Indian journal of veterinary science and animal husbandry - Volume 14,
Year: 1944
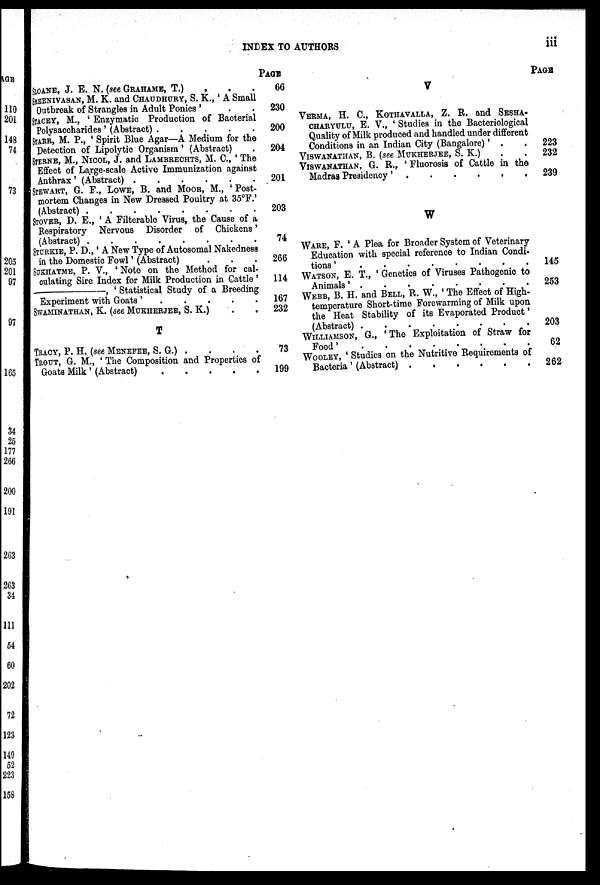
INDEX TO AUTHORS
iii
SLOANE, J. E. N. (see GRAHAME, T.) . . .
SREENIVASAN,
M. K. and CHAUDHURY, S. K., 'A Small
Outbreak of Strangles in Adult Ponies'
STACEY, M., 'Enzymatic Production of Bacterial
Polysaccharides' (Abstract) .
.
.
.
.
STARR, M. P., 'Spirit Blue Agar—A Medium for the
Detection of Lipolytic Organism' (Abstract) .
STERNE, M., NICOL, J. and LAMBRECHTS, M. C., 'The
Effect of Large-scale Active Immunization against
Anthrax' (Abstract)
STEWART, G. F., LOWE, B. and MOOR, M., 'Post-
mortem Changes in New Dressed Poultry at 35ºF.'
(Abstract)
STOVER, D. E., 'A Filterable Virus, the Cause of a
Respiratory Nervous Disorder of Chickens'
(Abstract) STURKIE, P. D., 'A New Type of Autosomal Nakedness
in the Domestic Fowl' (Abstract)
SUKHATME, P. V., 'Note on the Method for cal-
culating Sire Index for Milk Production in Cattle'
——,
'Statistical Study of a Breeding
Experiment with Goats'
.
.
.
.
.
SWAMINATHAN, K. (see MUKHERJEE,S. K.)
T
TRACY, P. H. (see MENEFEE, S. G.) .
TROUT, G. M., 'The Composition and Properties of
Goats Milk' (Abstract)
PAGE
66
230
200
204
201
203
74
266
114
167
232
73
199
V
VERMA, H. C., KOTHAVALLA, Z. R. and SESHA-
CHARYULU, E. V., 'Studies in the Bacteriological
Quality of Milk produced and handled under different
Conditions in an Indian City (Bangalore)' .
VISWANATHAN, B. (see MUKHERJEE, S. K.)
VISWANATHAN, G. R., 'Fluorosis of Cattle in the
Madras Presidency'
W
WARE, F. 'A Plea for Broader System of Veterinary
Education with special reference to Indian Condi-
tions'
WATSON, E. T., 'Genetics of Viruses Pathogenio to
Animals'
WEBB, B. H. and BELL, R. W., 'The Effect of High-
temperature Short-time Forewarming of Milk upon
the Heat Stability of its Evaporated Product'
(Abstract)
WILLIAMSON, G., 'The Exploitation of Straw for
Food'
WOOLEY, 'Studies on the Nutritive Requirements of
Bacteria' (Abstract)
PAGE
223
232
239
145
253
203
62
262